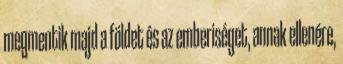
megmentik majd a földet és az emberiséget, annak ellenére,